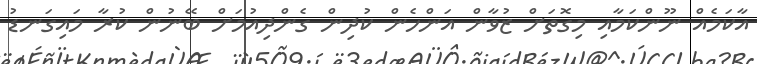
އާކަމެއް ނޫންކަމާއި މިގޮތަށް ޒުވާން އަންހެން ކުދިން ގެންދިއުމަށް ބޭނުން ކުރާ މައިގަނޑު